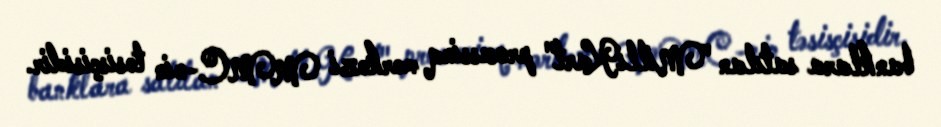
banklara satılan "MilliKart" prosessinq mərkəzi MMC-nin təsisçisidir.